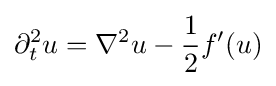
\partial _{t}^{2}u=\nabla ^{2}u-{\frac {1}{2}}f'(u)